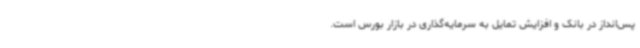
پس‌انداز در بانک و افزایش تمایل به سرمایه‌گذاری در بازار بورس است.